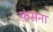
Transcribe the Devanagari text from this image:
फ़ंसना